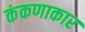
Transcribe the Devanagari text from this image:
कंकणाकार